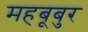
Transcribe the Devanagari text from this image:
महबूबुर